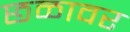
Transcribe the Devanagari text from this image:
छळावर